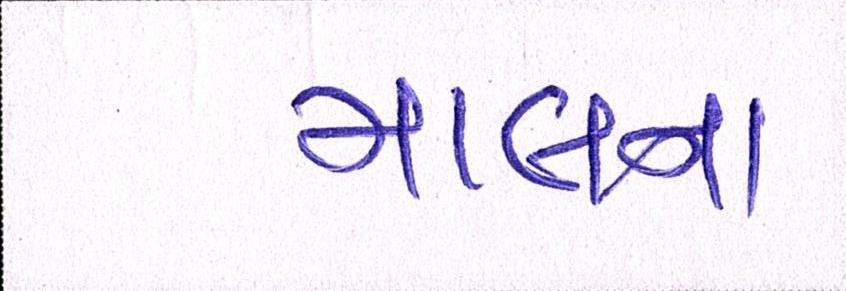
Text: માલના